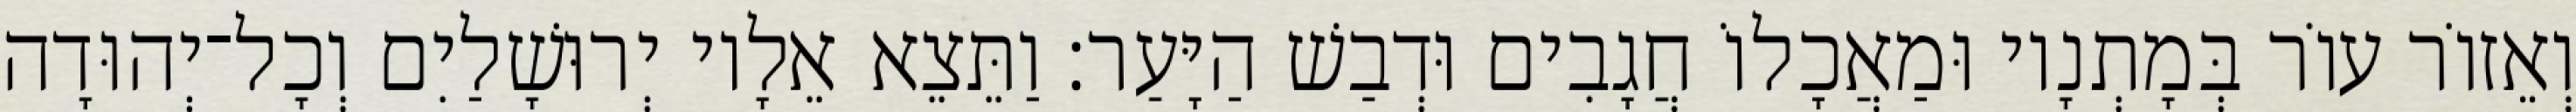
וְאֵזוֹר עוֹר בְּמָתְנָיו וּמַאֲכָלוֹ חֲגָבִים וּדְבַשׁ הַיָּעַר׃ וַתֵּצֵא אֵלָיו יְרוּשָׁלַיִם וְכָל־יְהוּדָה